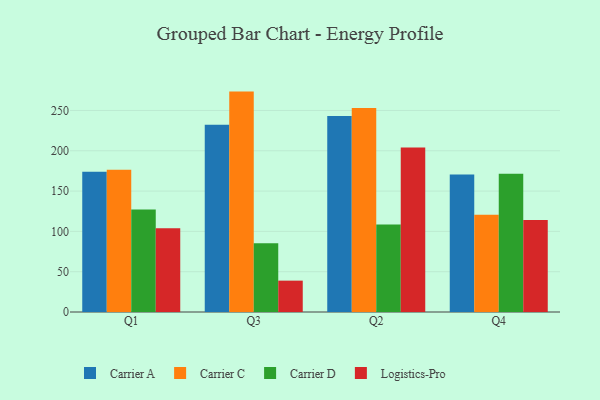
{"axis": {"x": "Quarter", "y": "Population (Million)"}, "legend": ["Carrier A", "Carrier C", "Carrier D", "Logistics-Pro"], "data": [{"x": "Q1", "y": 174.0, "type": "Carrier A"}, {"x": "Q1", "y": 176.5, "type": "Carrier C"}, {"x": "Q1", "y": 127.1, "type": "Carrier D"}, {"x": "Q1", "y": 104.0, "type": "Logistics-Pro"}, {"x": "Q3", "y": 232.3, "type": "Carrier A"}, {"x": "Q3", "y": 273.4, "type": "Carrier C"}, {"x": "Q3", "y": 85.2, "type": "Carrier D"}, {"x": "Q3", "y": 38.9, "type": "Logistics-Pro"}, {"x": "Q2", "y": 243.0, "type": "Carrier A"}, {"x": "Q2", "y": 253.0, "type": "Carrier C"}, {"x": "Q2", "y": 108.6, "type": "Carrier D"}, {"x": "Q2", "y": 204.1, "type": "Logistics-Pro"}, {"x": "Q4", "y": 170.6, "type": "Carrier A"}, {"x": "Q4", "y": 120.7, "type": "Carrier C"}, {"x": "Q4", "y": 171.4, "type": "Carrier D"}, {"x": "Q4", "y": 114.2, "type": "Logistics-Pro"}]}